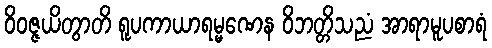
ဝိဝဇ္ဇယိတွာတိ ရူပကာယာရမ္မဏေန ဝိဘတ္တိသညံ အာရာမူပစာရံ